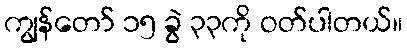
ကျွန်တော် ၁၅ ခွဲ ၃၃ကို ဝတ်ပါတယ်။